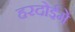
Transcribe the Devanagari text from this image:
हरदोईमें